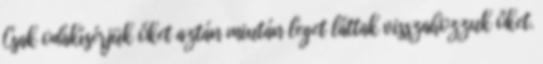
Csak odakísérjük őket aztán miután leget láttak visszahozzuk őket.